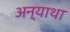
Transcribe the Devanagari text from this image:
अन्याथा